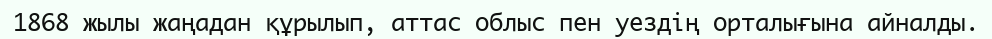
1868 жылы жаңадан құрылып, аттас облыс пен уездің орталығына айналды.